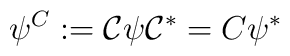
\psi ^{C}:=\mathcal{C}\psi \mathcal{C}^{*}=C\psi ^{*}